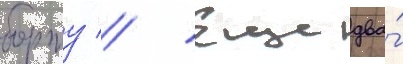
борту // Еще два́